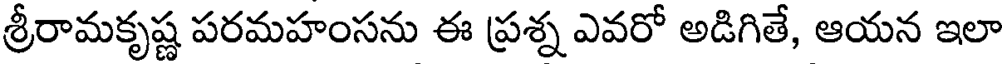
శ్రీరామకృష్ణ పరమహంసను ఈ ప్రశ్న ఎవరో అడిగితే, ఆయన ఇలా